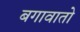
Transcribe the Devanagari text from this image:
बगावातो